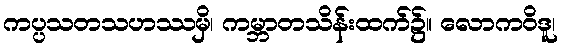
ကပ္ပသတသဟဿမှိ၊ ကမ္ဘာတသိန်းထက်၌။ လောကဝိဒူ၊